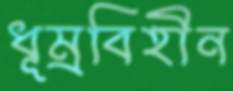
ধূম্রবিহীন